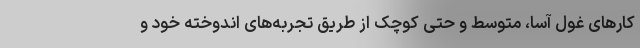
کارهای غول آسا، متوسط و حتی کوچک از طریق تجربه‌های اندوخته خود و